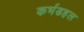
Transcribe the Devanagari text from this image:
कर्भडहल